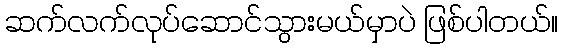
ဆက်လက်လုပ်ဆောင်သွားမယ်မှာပဲ ဖြစ်ပါတယ်။